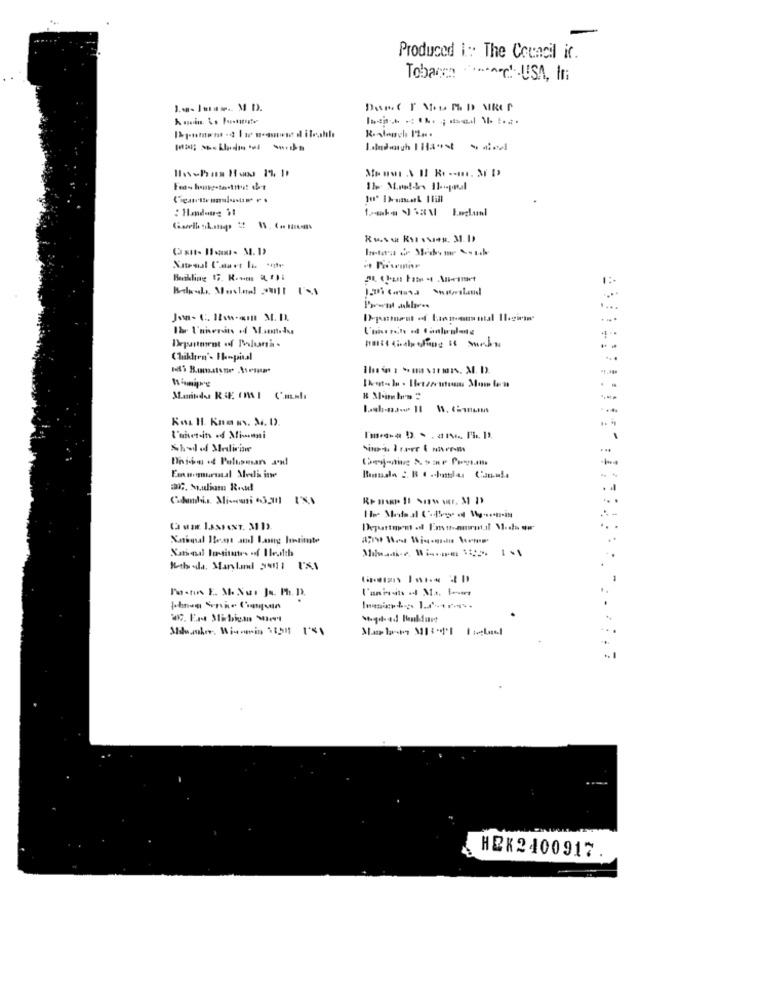
Produced i: The Cocacil it.
Tobacco ~~~ USA, In
1 .-----.. MD.
----
: Hladome $1
Hekling 17. R.o.m. F .:
....
Department of Plantin -
Chiklten'- 1-spinal
. .
....
l'aherin of Mimmi
Dhise . Palusman an!
Kihula. Manland 2011 1X1
Pastin E. M. Nus Ju. F. 12.
Shahusher. Wiemein 18211
HEK2400917